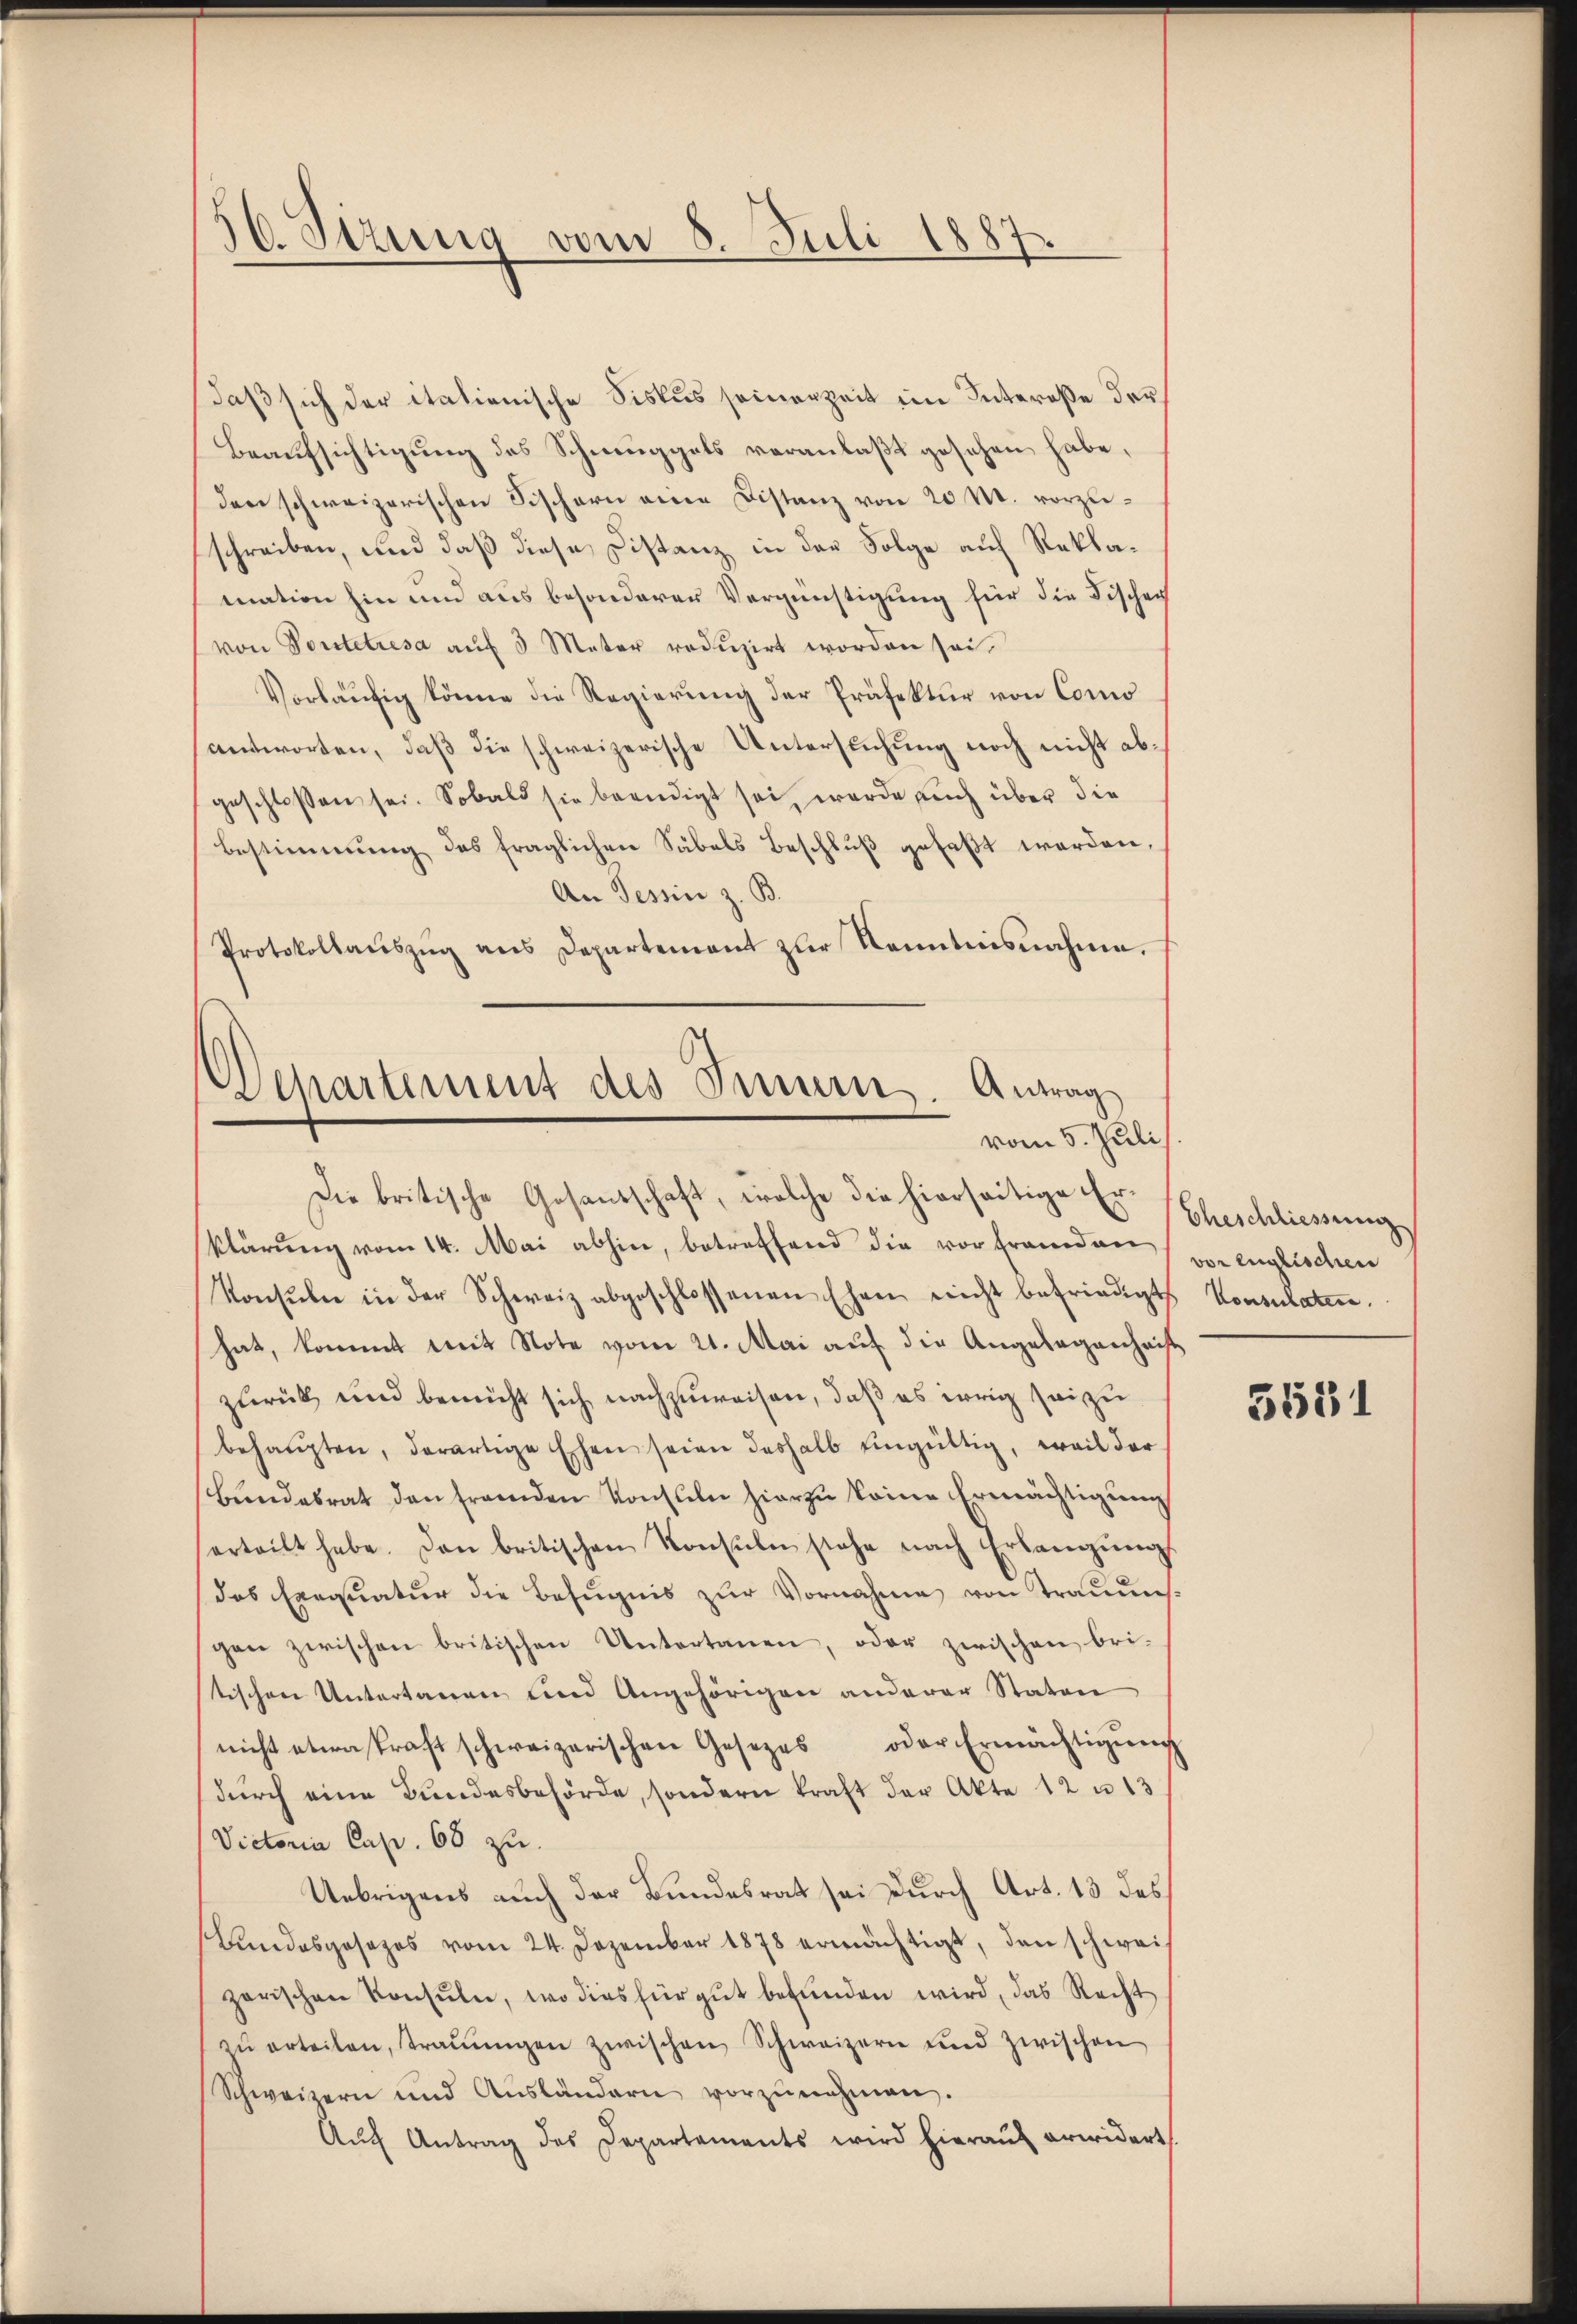
56. Sizung vom 8. Juli 1887

daß sich der italienische Siskus seinerzeit im Intereße der
Beaufsichtigung des Schmuggels veranlaßt gesehen habe,
den schweizerischen Fischern eine Distanz von 20 M. vorzuschreiben, und daß diese Distanz in der Folge auf Reklamation hin und aus besonderer Vergünstigung für die Fischen
von Vortetresa auf 3 Meter reduzirt worden sei.
Vorläufig könne die Regierung der Präfektur von Como
antworten, daß die schweizerische Untersuchung noch nicht abgeschlossen sei. Sobald sie beendigt sei, wurde auch über die
Bestimmung des fraglichen Säbels Beschlŭβ gefaβt werden,
An Tessin z. B.
Protokollaŭszŭg ans Departement zur Kenntnisnahme.

Departement des Sinnen. Antrag
vom 5. Juli.

Die britische Gesandschaft, welche die hierseitige Erklärung vom 14. Mai abhin, betreffend die vor Frandner vor englischen
Konsŭle in der Schweiz abgeschlossenen Ehen nicht befriedigte Konsulation.
hat, kommt mit Note vom 21. Mai auf die Angelegenheit
zurück und bemüht sich nachzuweisen, daß es irrig sei zu
behaŭpten, derartige Ehen seien deshalb eingültig, weil dar
Bundesrat den fremden Konsten hierzu keine Ermächtigung
erteilt habe. Den britischen Konsuln stehe nach Erlangŭng
das Exequatur die Befugnis zur Vornahme von Traumesgen zwischen britischen Untertanen, oder zwischen bri-
stischen Untertanen und Angehörigen anderer Stator
nicht etwa kraft schweizerischen Gesezes oder Ermächtigŭng
dŭrch eine Bŭndesbehörde, sondern kraft der Akte 12 u 13
Victoria Cap. 68 zu
Uebrigens auch der Bundesrat sei durch Art. 13 des
Bundesgesetzes vom 24. Dezember 1878 ermächtigt, den schwei-
zerischen Konsŭle, wo dies für gut befŭnden wird, das Recht
zŭ erteilen, traŭŭngen zwischen Schweizern und zwischen
Schweizern und Aŭsländern vorzŭnehmen.
Aŭf Antrag des Departaments wird hieraŭf erwidert.

Eheschliessung

5551